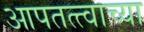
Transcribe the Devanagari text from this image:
आपतत्त्वाच्या